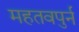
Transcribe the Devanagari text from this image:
महतवपुर्न